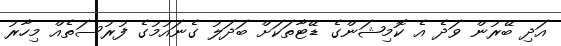
އަދި ބޭރުން ވަދެ އެ ކޮމިޝަންގެ ޑޭޓާތަކަށް ބަދަލު ގެނައުމުގެ ފުރުސަތެއް މިހާރު